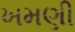
ખમણી